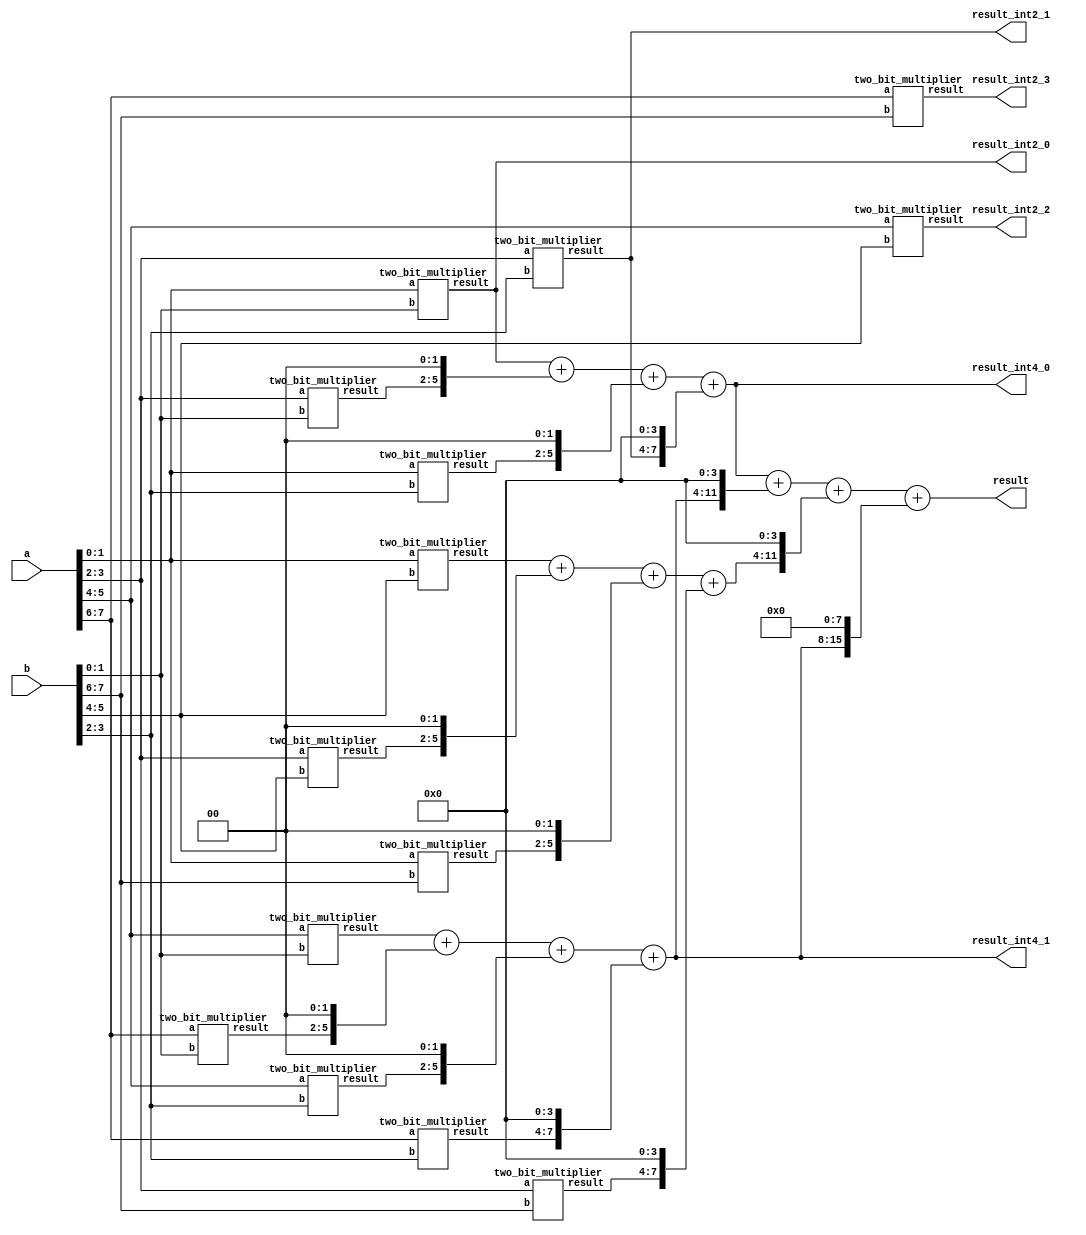
module eight_bit_multiplier(
    input [7:0] a, b,
    output [15:0] result, 
    output [3:0] result_int2_0, result_int2_1, result_int2_2, result_int2_3,
    output [7:0] result_int4_0, result_int4_1
);

wire [3:0] result0 [3:0]; 
wire [3:0] result1 [3:0]; 
wire [3:0] result2 [3:0]; 
wire [3:0] result3 [3:0]; 
// wire [3:0] result_int2_0, result_int2_1, result_int2_2, result_int2_3;
wire [7:0] result_int4_2, result_int4_3;

// four_bit_multiplier m0(a[3:0], b[3:0], result0);
two_bit_multiplier m0(a[1:0], b[1:0], result0[0]);
two_bit_multiplier m1(a[3:2], b[1:0], result0[1]);
two_bit_multiplier m2(a[1:0], b[3:2], result0[2]);
two_bit_multiplier m3(a[3:2], b[3:2], result0[3]);

assign result_int4_0 = result0[0] + {result0[1], 2'b00} + {result0[2], 2'b00} + {result0[3], 4'b00}; // first output of int4

// four_bit_multiplier m1(a[7:4], b[3:0], result1);
two_bit_multiplier m4(a[5:4], b[1:0], result1[0]);
two_bit_multiplier m5(a[7:6], b[1:0], result1[1]);
two_bit_multiplier m6(a[5:4], b[3:2], result1[2]);
two_bit_multiplier m7(a[7:6], b[3:2], result1[3]);

assign result_int4_1 = result1[0] + {result1[1], 2'b00} + {result1[2], 2'b00} + {result1[3], 4'b00};

// four_bit_multiplier m2(a[3:0], b[7:4], result2);
two_bit_multiplier m8(a[1:0], b[5:4], result2[0]);
two_bit_multiplier m9(a[3:2], b[5:4], result2[1]);
two_bit_multiplier m10(a[1:0], b[7:6], result2[2]);
two_bit_multiplier m11(a[3:2], b[7:6], result2[3]);

assign result_int4_2 = result2[0] + {result2[1], 2'b00} + {result2[2], 2'b00} + {result2[3], 4'b00}; 

// four_bit_multiplier m3(a[7:4], b[7:4], result3);
two_bit_multiplier m12(a[5:4], b[5:4], result3[0]);
two_bit_multiplier m13(a[7:6], b[5:4], result3[1]);
two_bit_multiplier m14(a[5:4], b[7:6], result3[2]);
two_bit_multiplier m15(a[7:6], b[7:6], result3[3]);


assign result_int4_3 = result0[0] + {result3[1], 2'b00} + {result3[2], 2'b00} + {result3[3], 4'b00}; // second output of int4


assign result_int2_0 = result0[0];
assign result_int2_1 = result0[3];
assign result_int2_2 = result3[0];
assign result_int2_3 = result3[3];

assign result = result_int4_0 + {result_int4_1, 4'b00} + {result_int4_2, 4'b00} + {{result_int4_1, 8'b00}};



// assign result = result0 + shifted_result1 + shifted_result2 + shifted_result3;

endmodule

// module four_bit_multiplier(
//     input [3:0] a, b,
//     output [7:0] result
// );

// wire [3:0] result3, result2, result1, result0;
// wire [7:0] shifted_result3, shifted_result2, shifted_result1;

// two_bit_multiplier m0(a[1:0], b[1:0], result0);
// two_bit_multiplier m1(a[3:2], b[1:0], result1);
// two_bit_multiplier m2(a[1:0], b[3:2], result2);
// two_bit_multiplier m3(a[3:2], b[3:2], result3);

// assign shifted_result1 = result1 << 2;
// assign shifted_result2 = result2 << 2;
// assign shifted_result3 = result3 << 4;
// // assign result = result0 + result1<<2 + result2<<2 +result3<<4;
// assign result = result0 + shifted_result1 + shifted_result2 + shifted_result3;

// endmodule

module two_bit_multiplier(
    // input clk, nrst, 
    input [1:0] a, b,
    output [3:0] result
);
// Brilliant circuit by Joy
// for clk:
//     if (!nrst)
//         result = a * b;
//     else
//         result += result

// always @ (posedge clk) begin
    // if (!nrst)
        // result <= 0;
    // else
      assign result = a * b; 
// end

endmodule